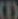
D